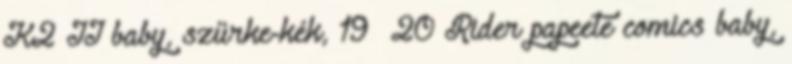
K2 II baby, szürke-kék, 19 20 Rider papeete comics baby,